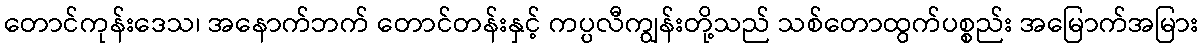
တောင်ကုန်းဒေသ၊ အနောက်ဘက် တောင်တန်းနှင့် ကပ္ပလီကျွန်းတို့သည် သစ်တောထွက်ပစ္စည်း အမြောက်အမြား